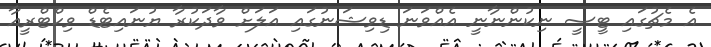
އެ މެޗުގައި ޓީސީ ނިކުންނާނީ އެއްވަނަ ޑިވިޝަނުގައި އަލަށް ވާދަކުރާ ޔުނައިޓެޑް ވިކްޓްރީއާ